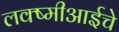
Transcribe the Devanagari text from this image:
लक्ष्मीआईचे